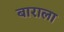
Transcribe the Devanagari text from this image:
बाराला